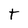
Character: t